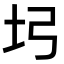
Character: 𡉖